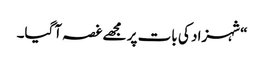
“شہزاد کی بات پر مجھے غصہ آگیا۔